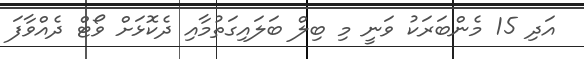
އަދި 15 މެންބަރަކު ވަނީ މި ބިލް ބަލައިގަތުމާއި ދެކޮޅަށް ވޯޓް ދެއްވާފަ